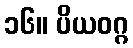
၁၆။ ပိယဝဂ္ဂ